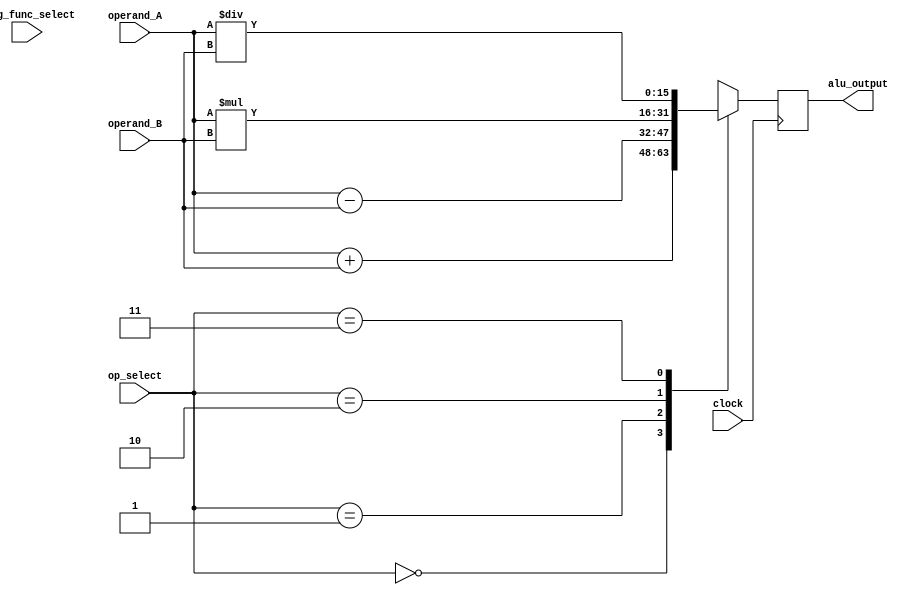
module Trigonometric_ALU (
    input [15:0] operand_A,
    input [15:0] operand_B,
    input [3:0] op_select,
    input trig_func_select,
    input clock,
    output reg [15:0] alu_output
);

reg [15:0] result;

always @(posedge clock) begin
    case(op_select)
        0: result <= operand_A + operand_B; // Addition
        1: result <= operand_A - operand_B; // Subtraction
        2: result <= operand_A * operand_B; // Multiplication
        3: result <= operand_A / operand_B; // Division
        default: result <= 16'hXXXX; // Default case
    endcase
    
    if(trig_func_select) begin
        // Trigonometric function implementations can be added here
    end
end

assign alu_output = result;

endmodule